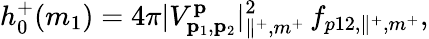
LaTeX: h_{0}^{+}(m_{1})=4\pi|V_{\mathbf{p}_{1},\mathbf{p}_{2}}^{\mathbf{p}}|_{\parallel^{+},m^{+}}^{2}\, f_{p12,\parallel^{+},m^{+}},